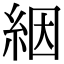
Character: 絪